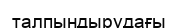
талпындырудағы